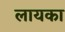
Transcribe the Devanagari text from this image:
लायका